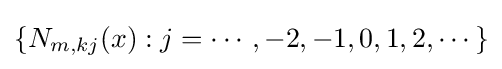
\{N_{m,kj}(x):j=\cdots ,-2,-1,0,1,2,\cdots \}